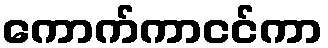
ကောက်ကာငင်ကာ